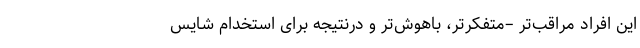
این افراد مراقب‌تر –متفکرتر، باهوش‌تر و درنتیجه برای استخدام شایس